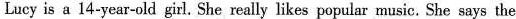
Lucy is a 14-year-old girl. She really likes popular music. She says the